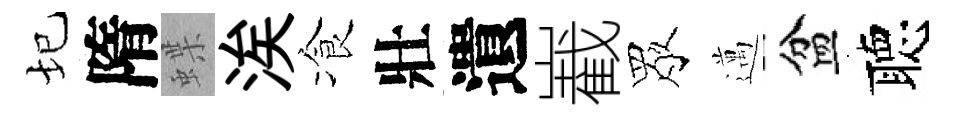
圮隋蝶涘飡壯遺嶻眾邁盆聴